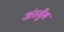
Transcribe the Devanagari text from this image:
अंतमुँख